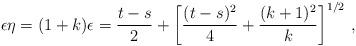
LaTeX: \begin{align*}\epsilon\eta=(1+k)\epsilon=\frac{t-s}{2}+\left[\frac{(t-s)^2}{4}+\frac{(k+1)^2}{k}\right]^{1/2}\,,\end{align*}